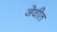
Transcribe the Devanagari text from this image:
जेवीत